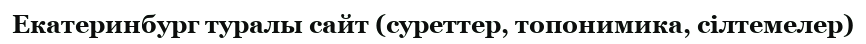
Екатеринбург туралы сайт (суреттер, топонимика, сілтемелер)